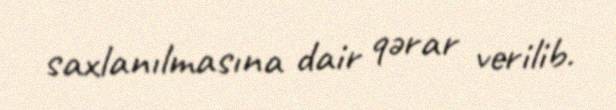
saxlanılmasına dair qərar verilib.